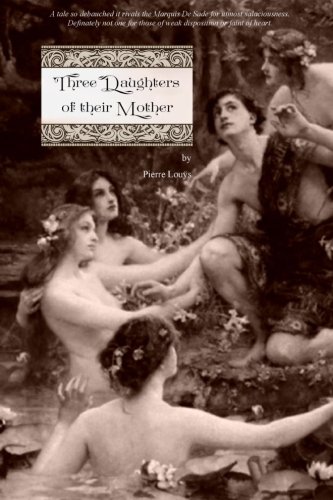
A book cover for Three Daughters of their Mother; Pierre LouÃ¿s; Romance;